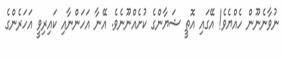
ނުވާނެނޫން ހެއްޔެވެ! އޭގައި އޮތީ ޝަޔާންގެ ކުށެއްނޫނެވެ. އޭނާ އަހަންނާއި ކައިރިވީ އަހަރެންގެ